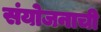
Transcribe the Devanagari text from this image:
संयोजनाची